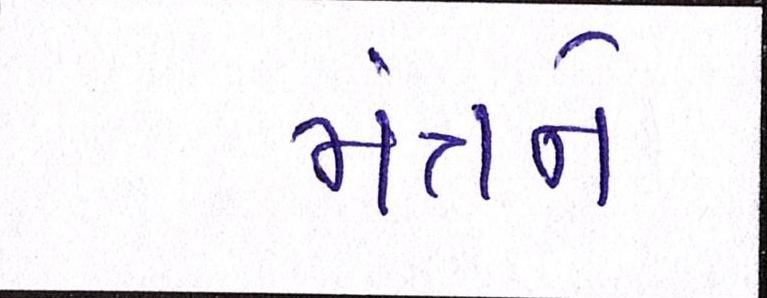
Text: મંત્રને